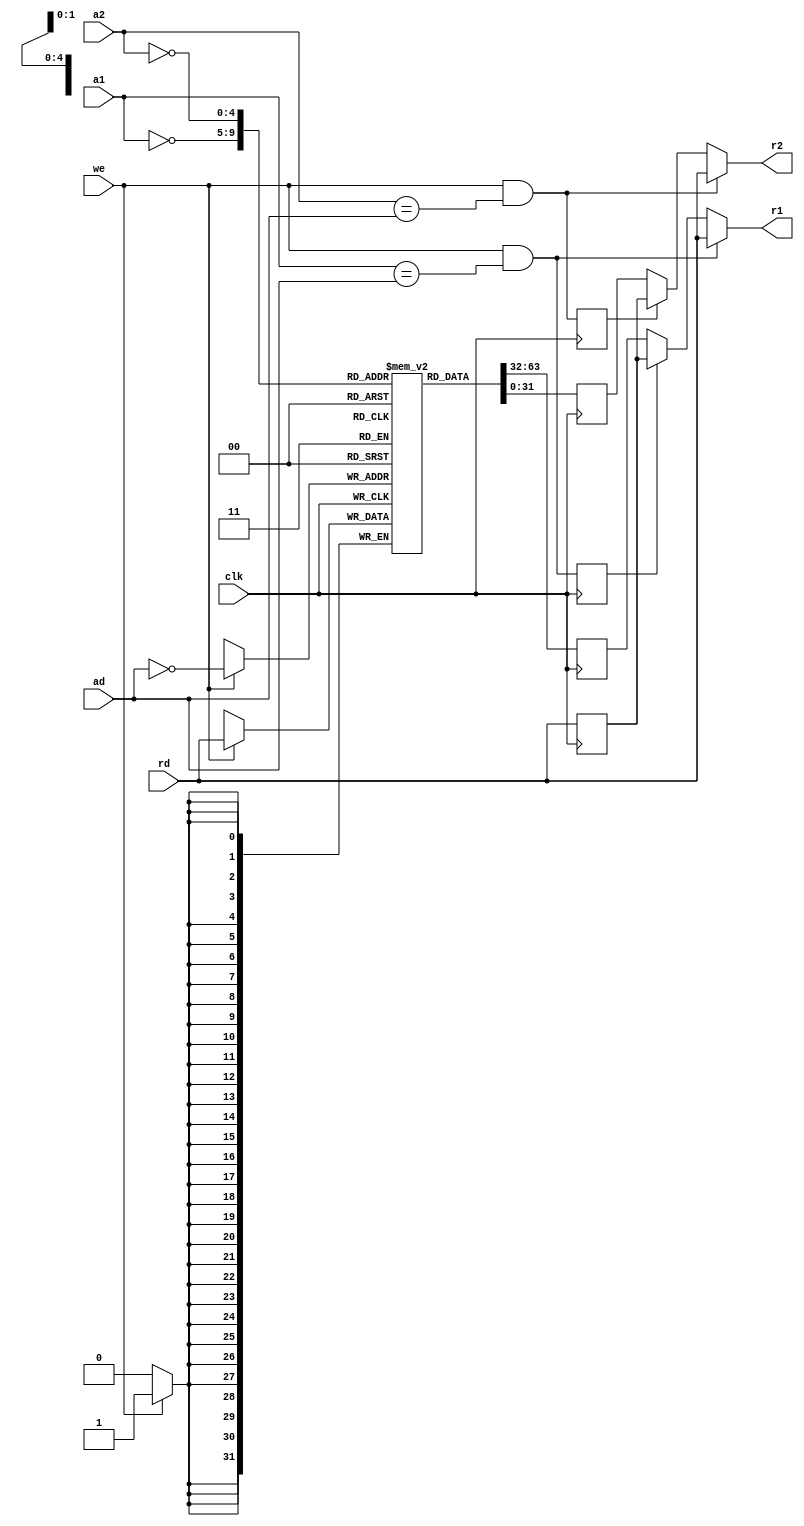
/*
 * This register file does not support internal forwarding.
 * It also returns invalid on x0
 */
module regfile
  (
   input wire 	      clk,
   input wire 	      we,
   input wire [4:0]   a1,
   input wire [4:0]   a2,
   input wire [4:0]   ad,
   output wire [31:0] r1,
   output wire [31:0] r2,
   input wire [31:0]  rd
   );

   reg [31:0] 	      data [0:31] /*verilator public*/;
   integer 	      i;
   reg [31:0] 	      r1_tmp;
   reg [31:0] 	      r2_tmp;
   always @ (posedge clk) begin
      if (we) data[~ad] <= rd;
      r1_tmp <= data[~a1];
      r2_tmp <= data[~a2];
   end

   wire forward_1, forward_2;
   assign forward_1 = we && a1 == ad;
   assign forward_2 = we && a2 == ad;
   reg 	forward_1_p, forward_2_p;
   reg [31:0] rd_p;
   always @ (posedge clk) begin
      forward_1_p <= forward_1;
      forward_2_p <= forward_2;
      rd_p <= rd;
   end
   assign r1 = forward_1 ? rd
	       : forward_1_p ? rd_p
	       : r1_tmp;
   assign r2 = forward_2 ? rd
	       : forward_2_p ? rd_p
	       : r2_tmp;
   
endmodule // regfile